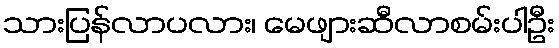
သားပြန်လာပလား၊ မေဖျားဆီလာစမ်းပါဦး